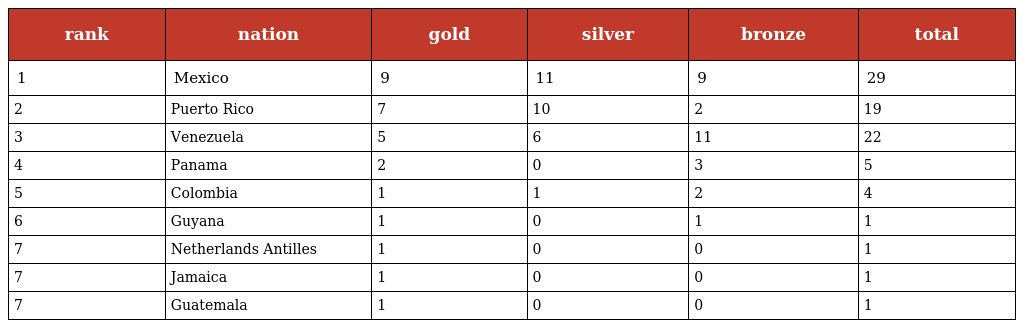
| rank | nation | gold | silver | bronze | total |
 | --- | --- | --- | --- | --- | --- |
 | 1 | Mexico | 9 | 11 | 9 | 29 |
 | 2 | Puerto Rico | 7 | 10 | 2 | 19 |
 | 3 | Venezuela | 5 | 6 | 11 | 22 |
 | 4 | Panama | 2 | 0 | 3 | 5 |
 | 5 | Colombia | 1 | 1 | 2 | 4 |
 | 6 | Guyana | 1 | 0 | 1 | 1 |
 | 7 | Netherlands Antilles | 1 | 0 | 0 | 1 |
 | 7 | Jamaica | 1 | 0 | 0 | 1 |
 | 7 | Guatemala | 1 | 0 | 0 | 1 |